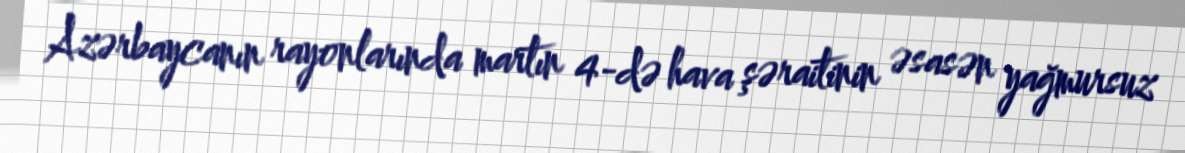
Azərbaycanın rayonlarında martın 4-də hava şəraitinin əsasən yağmursuz